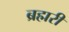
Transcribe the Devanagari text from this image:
ब्रह्मरी